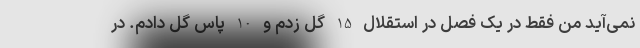
نمی‌آید من فقط در یک فصل در استقلال 15 گل زدم و 10 پاس گل دادم. در